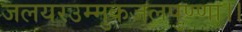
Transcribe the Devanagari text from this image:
जलयरउम्मुकजलपुण्णा।।